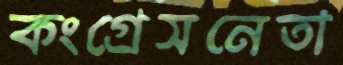
কংগ্রেসনেতা